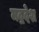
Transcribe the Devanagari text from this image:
मद्रदेश